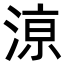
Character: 鿌